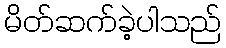
မိတ်ဆက်ခဲ့ပါသည်